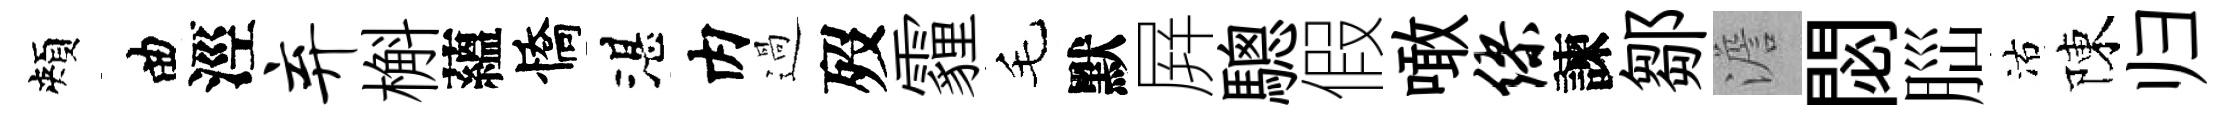
頰曲涇弃槲蘊憍湛内過歿霾毛默屛驄假噉缪諫鄒澹閟𦛁沽陳归